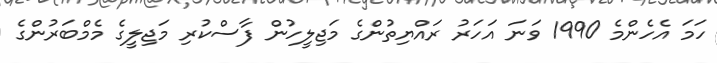
ހަމަ އެހެންމެ 1990 ވަނަ އަހަރު ރައްޔިތުންގެ މަޖިލީހުން ފާސްކުރި މަޖިލީގެ މެމްބަރުންގެ